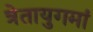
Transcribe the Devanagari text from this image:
त्रेतायुगमां